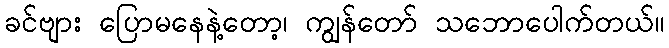
ခင်ဗျား ပြောမနေနဲ့တော့၊ ကျွန်တော် သဘောပေါက်တယ်။